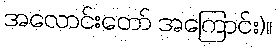
အလောင်းတော် အကြောင်း)။